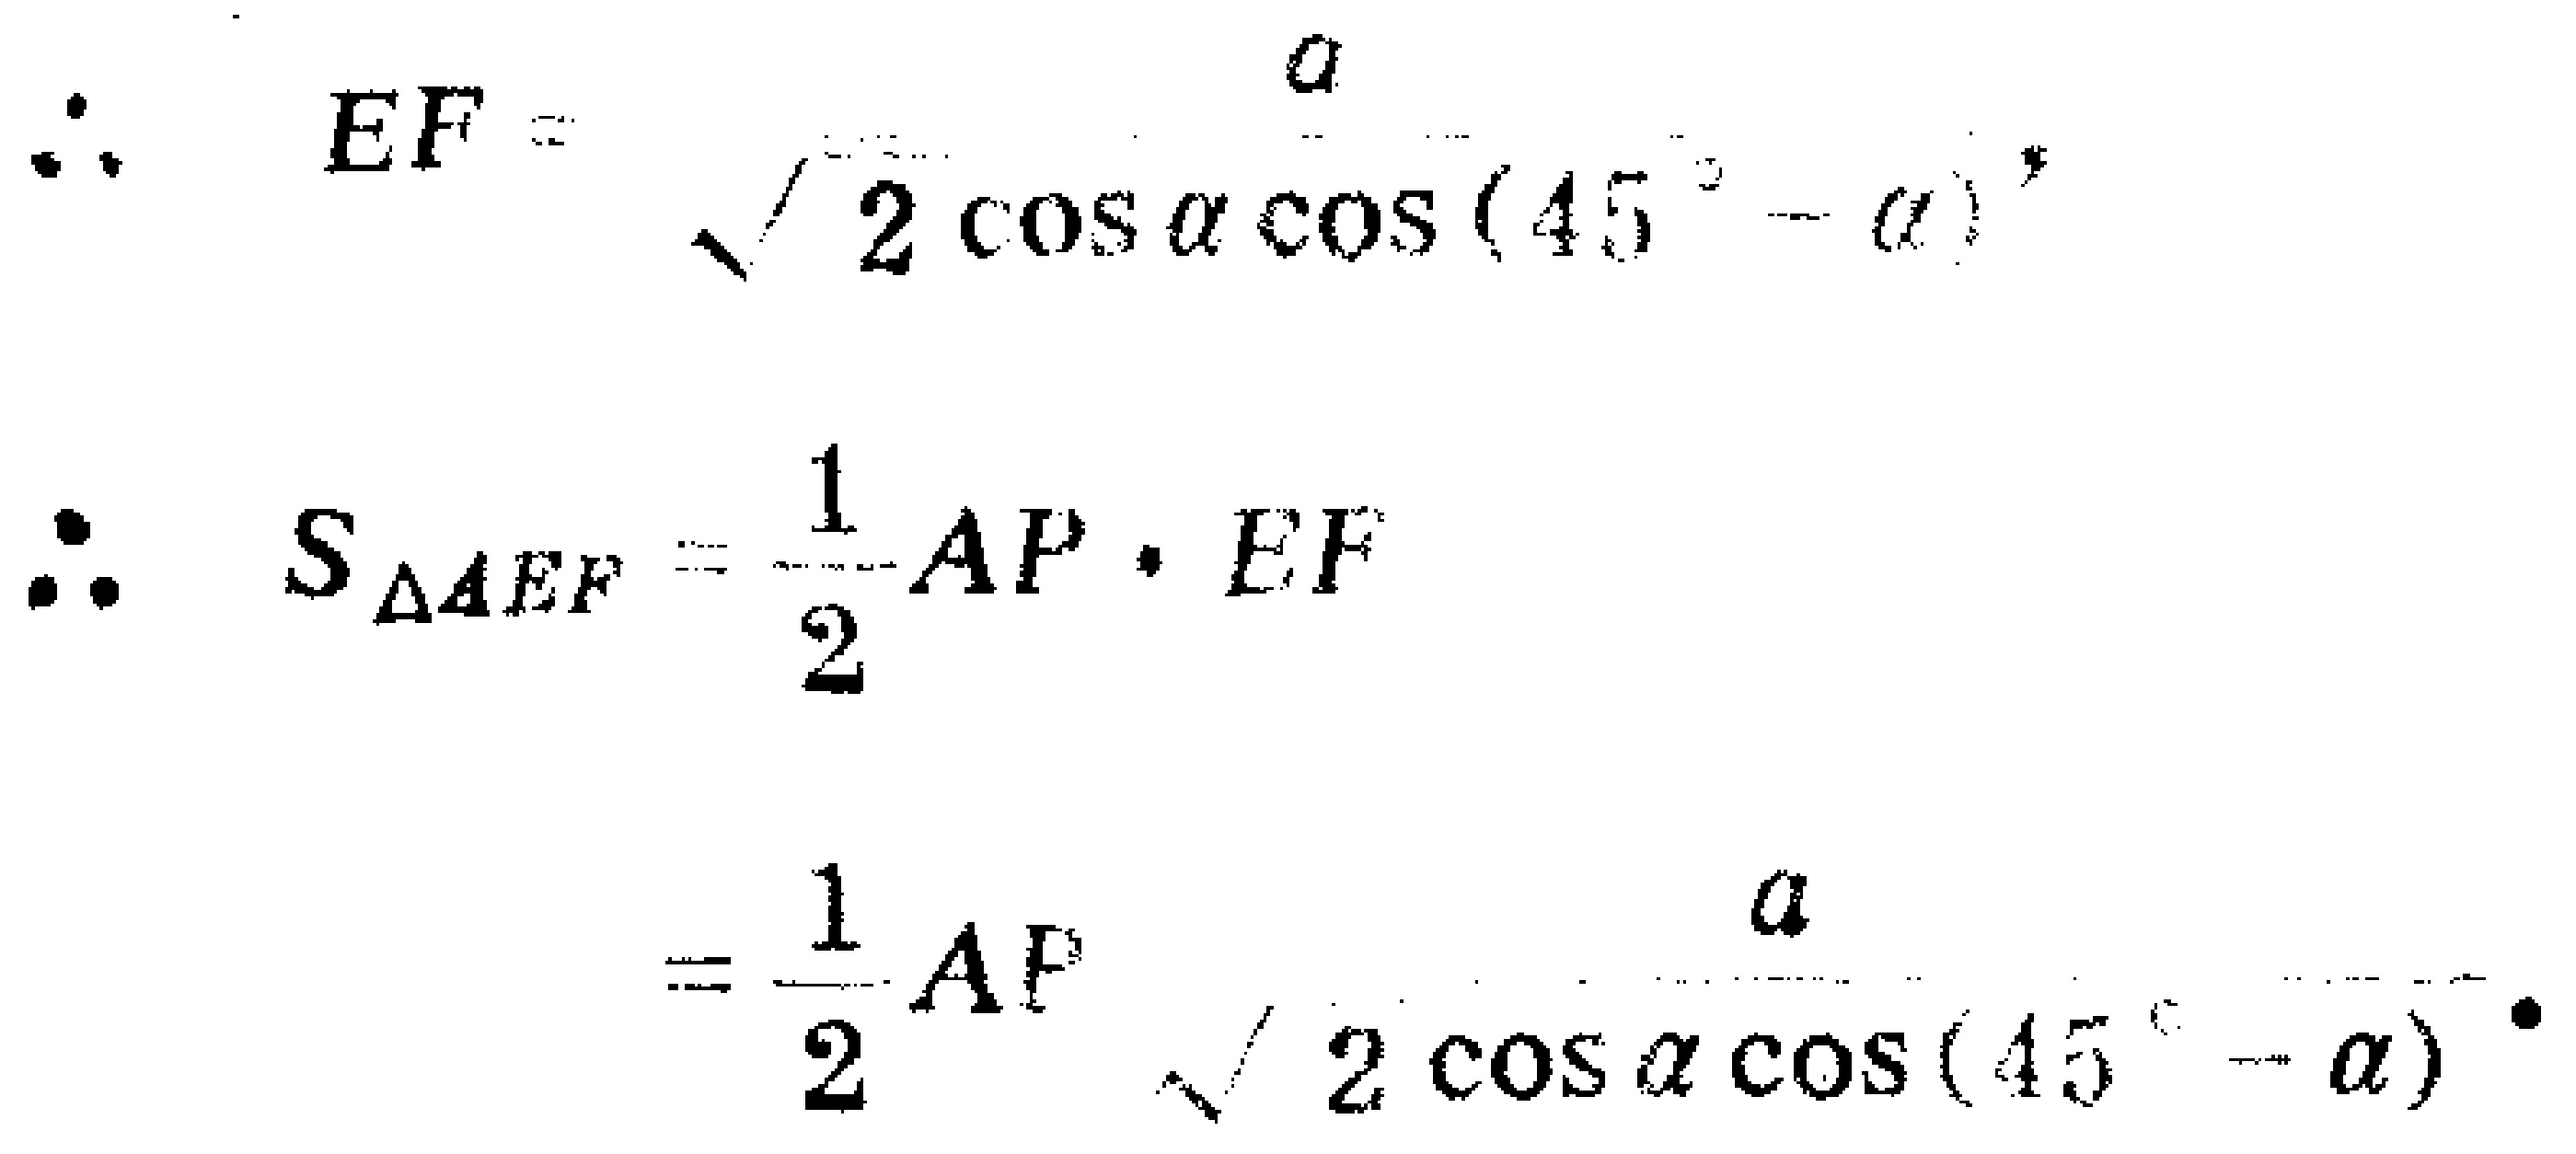
\[
\begin{align*}
\therefore EF&=\frac{a}{\sqrt{2\cos\alpha\cos(45^{\circ}-\alpha)}},\\
\therefore S_{\triangle AEF}&=\frac{1}{2}AP\cdot EF\\
&=\frac{1}{2}AP\frac{a}{\sqrt{2\cos\alpha\cos(45^{\circ}-\alpha)}}.
\end{align*}
\]